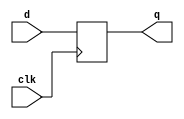
module flop (clk, d, q);
input clk;
input [3:0] d;
output reg [3:0] q;

always @ (posedge clk)
    q <= d;
endmodule